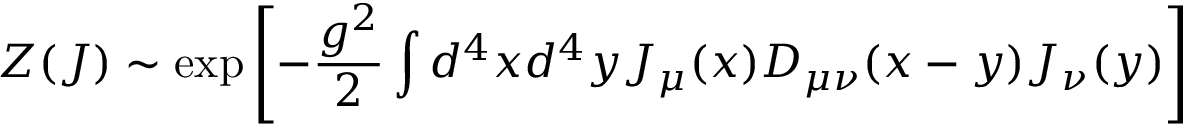
Z ( J ) \sim \exp \left[ - \frac { g ^ { 2 } } { 2 } \int d ^ { 4 } x d ^ { 4 } y J _ { \mu } ( x ) D _ { \mu \nu } ( x - y ) J _ { \nu } ( y ) \right]